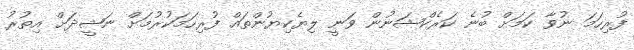
ފުރިހަމަ ނުވާ ކަމަށް ބުނެ ކަރެކްޝަނުން ވަނީ ލިޔެކިޔުންތައް ފުރިހަމަކުރުމަށް ނަޝީދަށް އިތުރު